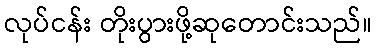
လုပ်ငန်း တိုးပွားဖို့ဆုတောင်းသည်။